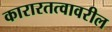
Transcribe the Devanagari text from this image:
कारारतत्वावरील